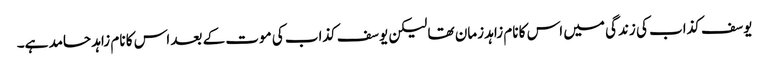
یوسف کذاب کی زندگی میں اس کا نام زاہد زمان تھا لیکن یوسف کذاب کی موت کے بعد اس کا نام زاہد حامد ہے۔